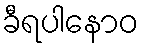
ခီရပါနောဝ